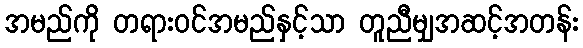
အမည်ကို တရားဝင်အမည်နှင့်သာ တူညီမျှအဆင့်အတန်း